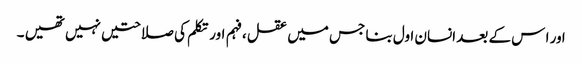
ا ور ا س کے بعد انسان اول بنا جس میں عقل ،فہم اور تکلم کی صلاحتیں نہیں تھیں ۔